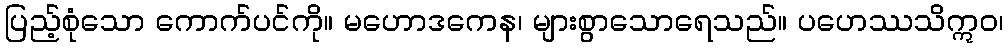
ပြည့်စုံသော ကောက်ပင်ကို။ မဟောဒကေန၊ များစွာသောရေသည်။ ပဟေဿသိဣဝ၊